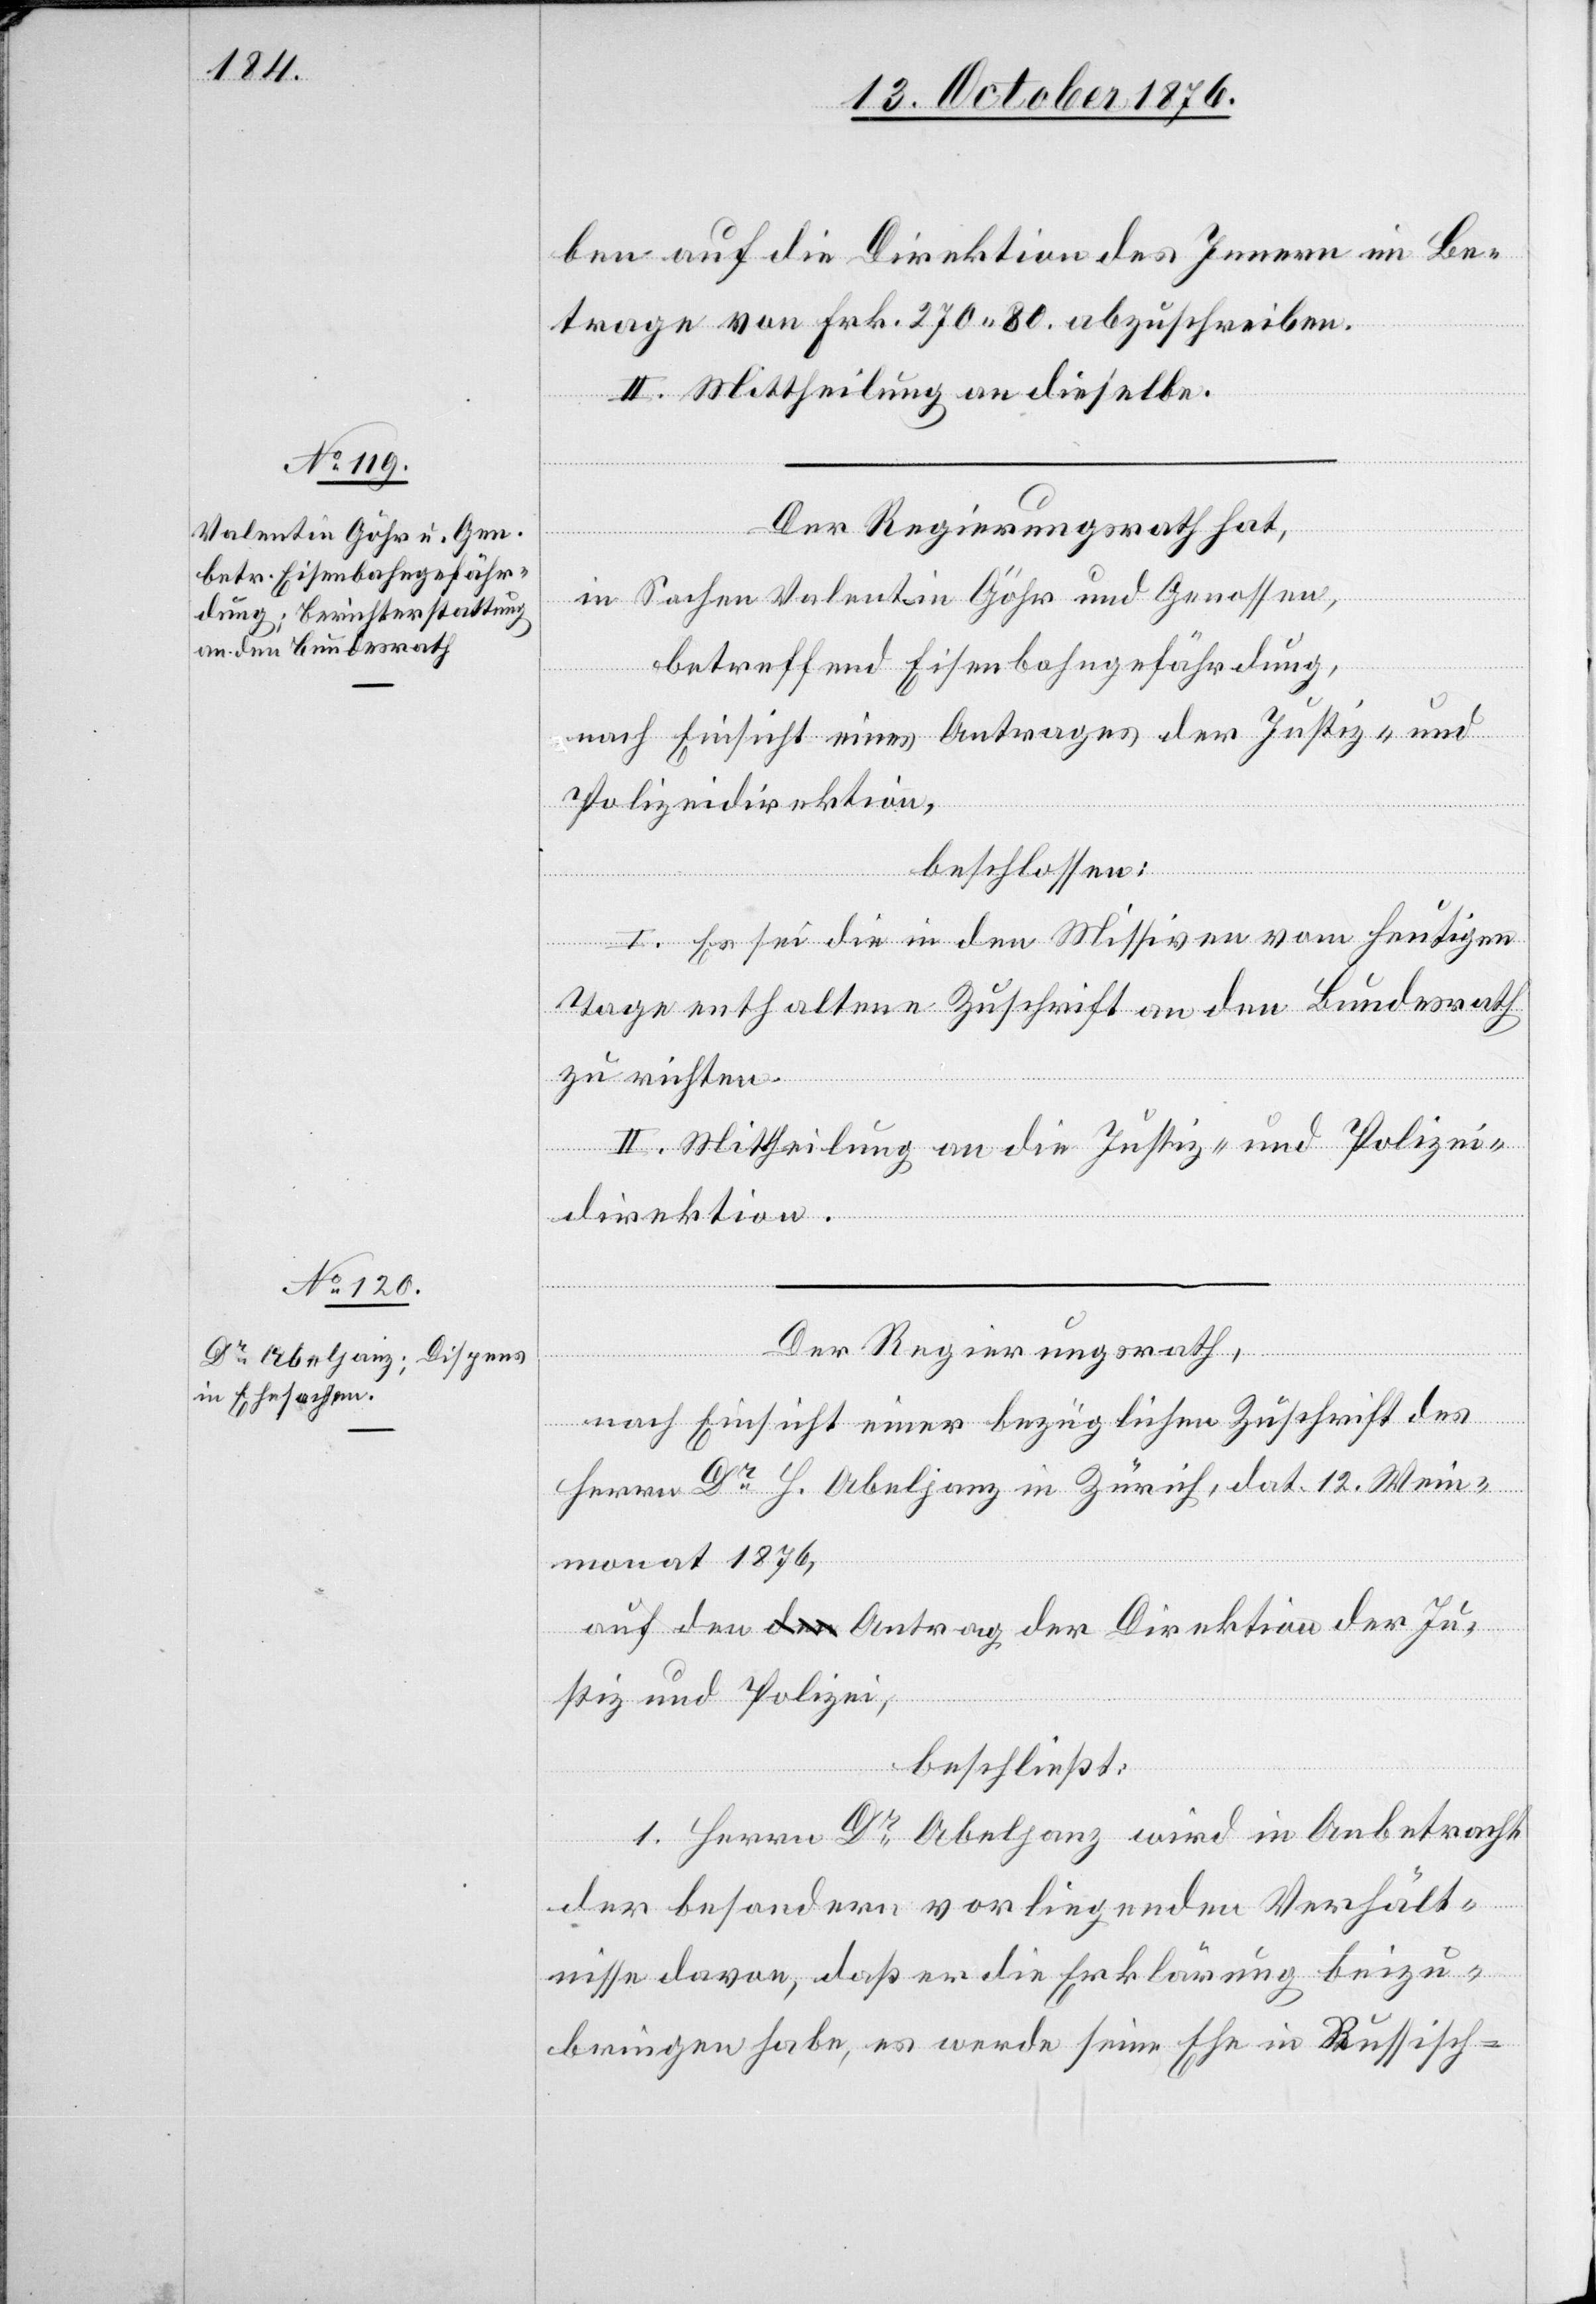
ben auf die Direktion des Innern im Be¬
trage von Frk. 270 80 abzuschreiben.
II. Mittheilung an dieselbe.
Der Regierungsrath hat,
in Sachen Valentin Göhr und Genossen,
betreffend Eisenbahngefährdung,
nach Einsicht eines Antrages der Justiz- und
Polizeidirektion,
beschlossen:
I. Es sei die in den Missiven vom heutigen
Tage enthaltene Zuschrift an den Bundesrath
zu richten
II. Mittheilung an die Justiz- und Polizei¬
direktion.
Der Regierungsrath,
nach Einsicht einer bezüglichen Zuschrift des
Herrn Dr Abeljanz in Zürich, dat. 12. Wein¬
monat 1876,
auf den Antrag der Direktion der Ju¬
stiz und Polizei,
beschließt:
1. Herrn Dr Abeljanz wird in Anbetracht
der besondern vorliegenden Verhält¬
nisse davon, daß er die Erklärung beizu¬
bringen habe, es werde seine Ehe in Russisch-